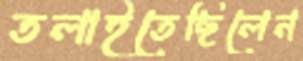
তলাইতেছিলেন